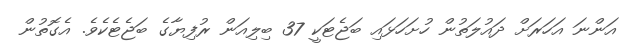
އަންނަ އަހަރަށް ދައުލަތުން ހުށަހަޅައި ބަޖެޓަކީ 37 ބިލިއަން ރުފިޔާގެ ބަޖެޓެކެވެ. އެގޮތުން